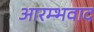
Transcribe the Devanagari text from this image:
आरम्भवाद